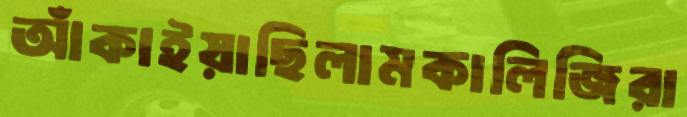
আঁকাইয়াছিলামকালিজিরা